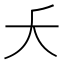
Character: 𫯛